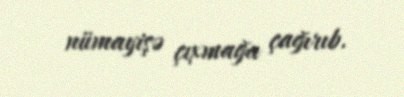
nümayişə çıxmağa çağırıb.